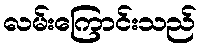
လမ်းကြောင်းသည်